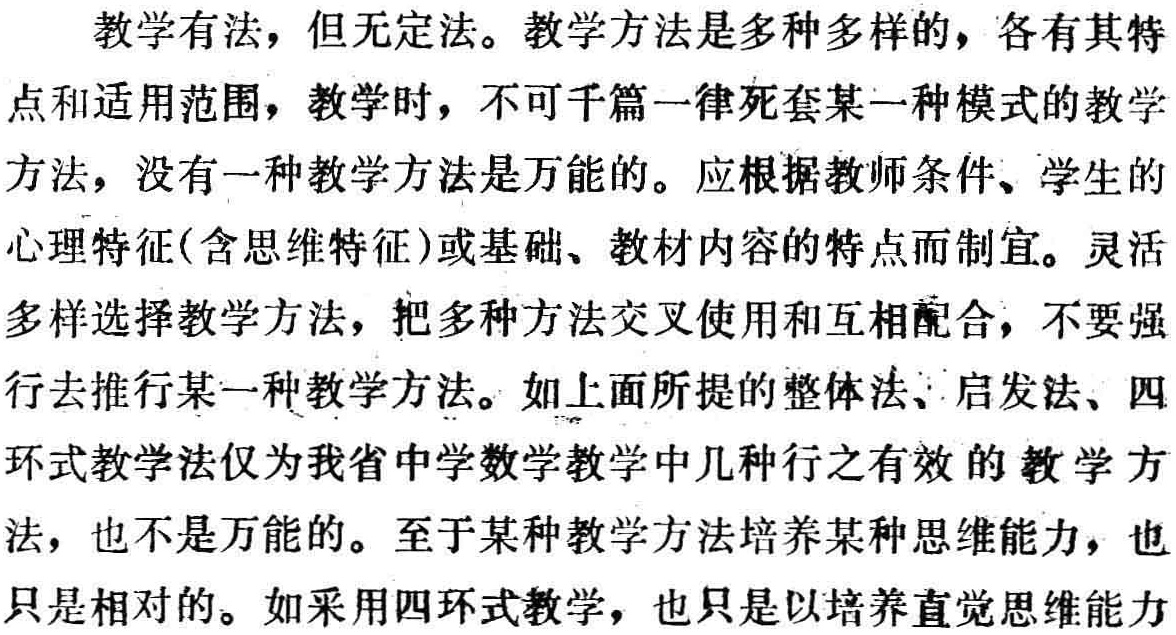
教学有法，但无定法。教学方法是多种多样的，各有其特点和适用范围，教学时，不可千篇一律死套某一种模式的教学方法，没有一种教学方法是万能的。应根据教师条件、学生的心理特征(含思维特征)或基础、教材内容的特点而制宜。灵活多样选择教学方法，把多种方法交叉使用和互相配合，不要强行去推行某一种教学方法。如上面所提的整体法、启发法、四环式教学法仅为我省中学数学教学中几种行之有效的教学方法，也不是万能的。至于某种教学方法培养某种思维能力，也只是相对的。如采用四环式教学，也只是以培养直觉思维能力